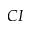
C I